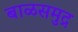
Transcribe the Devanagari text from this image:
बाळसमुद्र